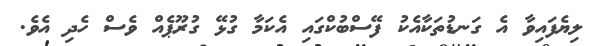
ލިޔެފައިވާ އެ ގަނޑުތަކާއެކު ފޭސްބުކްގައި އެކަމާ ގުޅޭ ގުރޫޕެއް ވެސް ހެދި އެވެ.